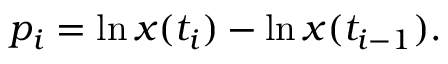
p _ { i } = \ln x ( t _ { i } ) - \ln x ( t _ { i - 1 } ) .